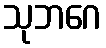
သုဘဂေ